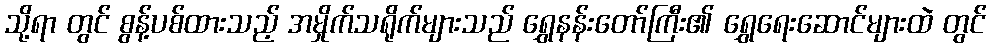
သို့ရာ တွင် စွန့်ပစ်ထားသည့် အမှိုက်သရိုက်များသည် ရွှေနန်းတော်ကြီး၏ ရွှေရေးဆောင်များထဲ တွင်